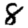
Digit: 8